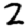
Digit: 2